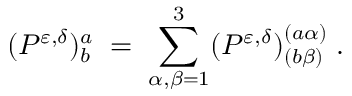
( P ^ { \varepsilon , \delta } ) _ { b } ^ { a } \; = \; \sum _ { \alpha , \beta = 1 } ^ { 3 } ( P ^ { \varepsilon , \delta } ) _ { ( b \beta ) } ^ { ( a \alpha ) } \; .